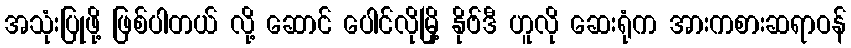
အသုံးပြုဖို့ ဖြစ်ပါတယ် လို့ ဆောင် ပေါင်လိုမြို့ နိုဗ်ဒီ ဟူလို ဆေးရုံက အားကစားဆရာဝန်